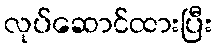
လုပ်ဆောင်ထားပြီး